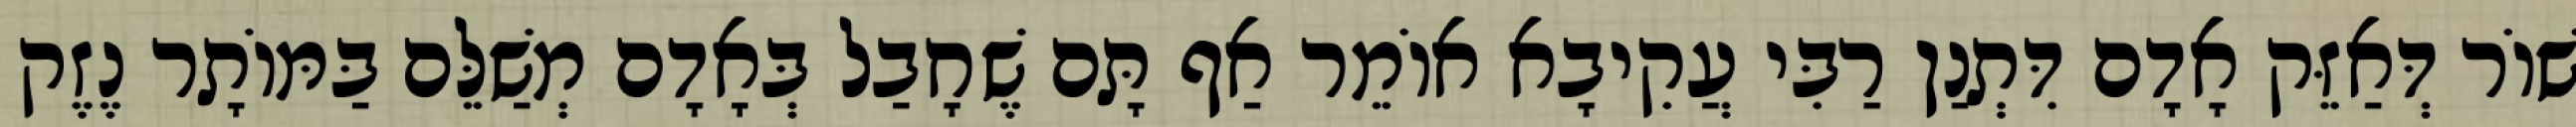
שׁוֹר דְּאַזֵּק אָדָם דִּתְנַן רַבִּי עֲקִיבָא אוֹמֵר אַף תָּם שֶׁחָבַל בְּאָדָם מְשַׁלֵּם בַּמּוֹתָר נֶזֶק